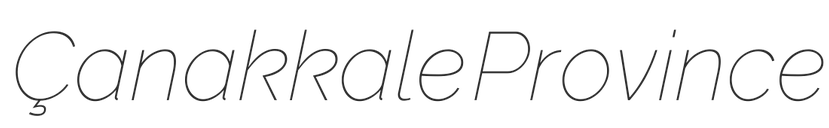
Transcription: Çanakkale Province